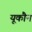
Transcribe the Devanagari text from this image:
यूकौन